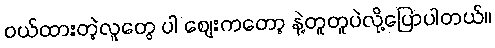
ဝယ်ထားတဲ့လူတွေ ပါ စျေးကတော့ နဲ့တူတူပဲလို့ပြောပါတယ်။